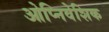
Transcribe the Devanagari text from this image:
ओप्निवेशिक